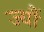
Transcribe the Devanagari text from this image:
ज्‍यौं